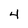
Character: 4